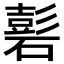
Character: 𥕽